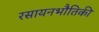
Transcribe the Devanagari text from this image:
रसायनभौतिकी